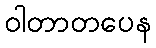
ဝါတာတပေန